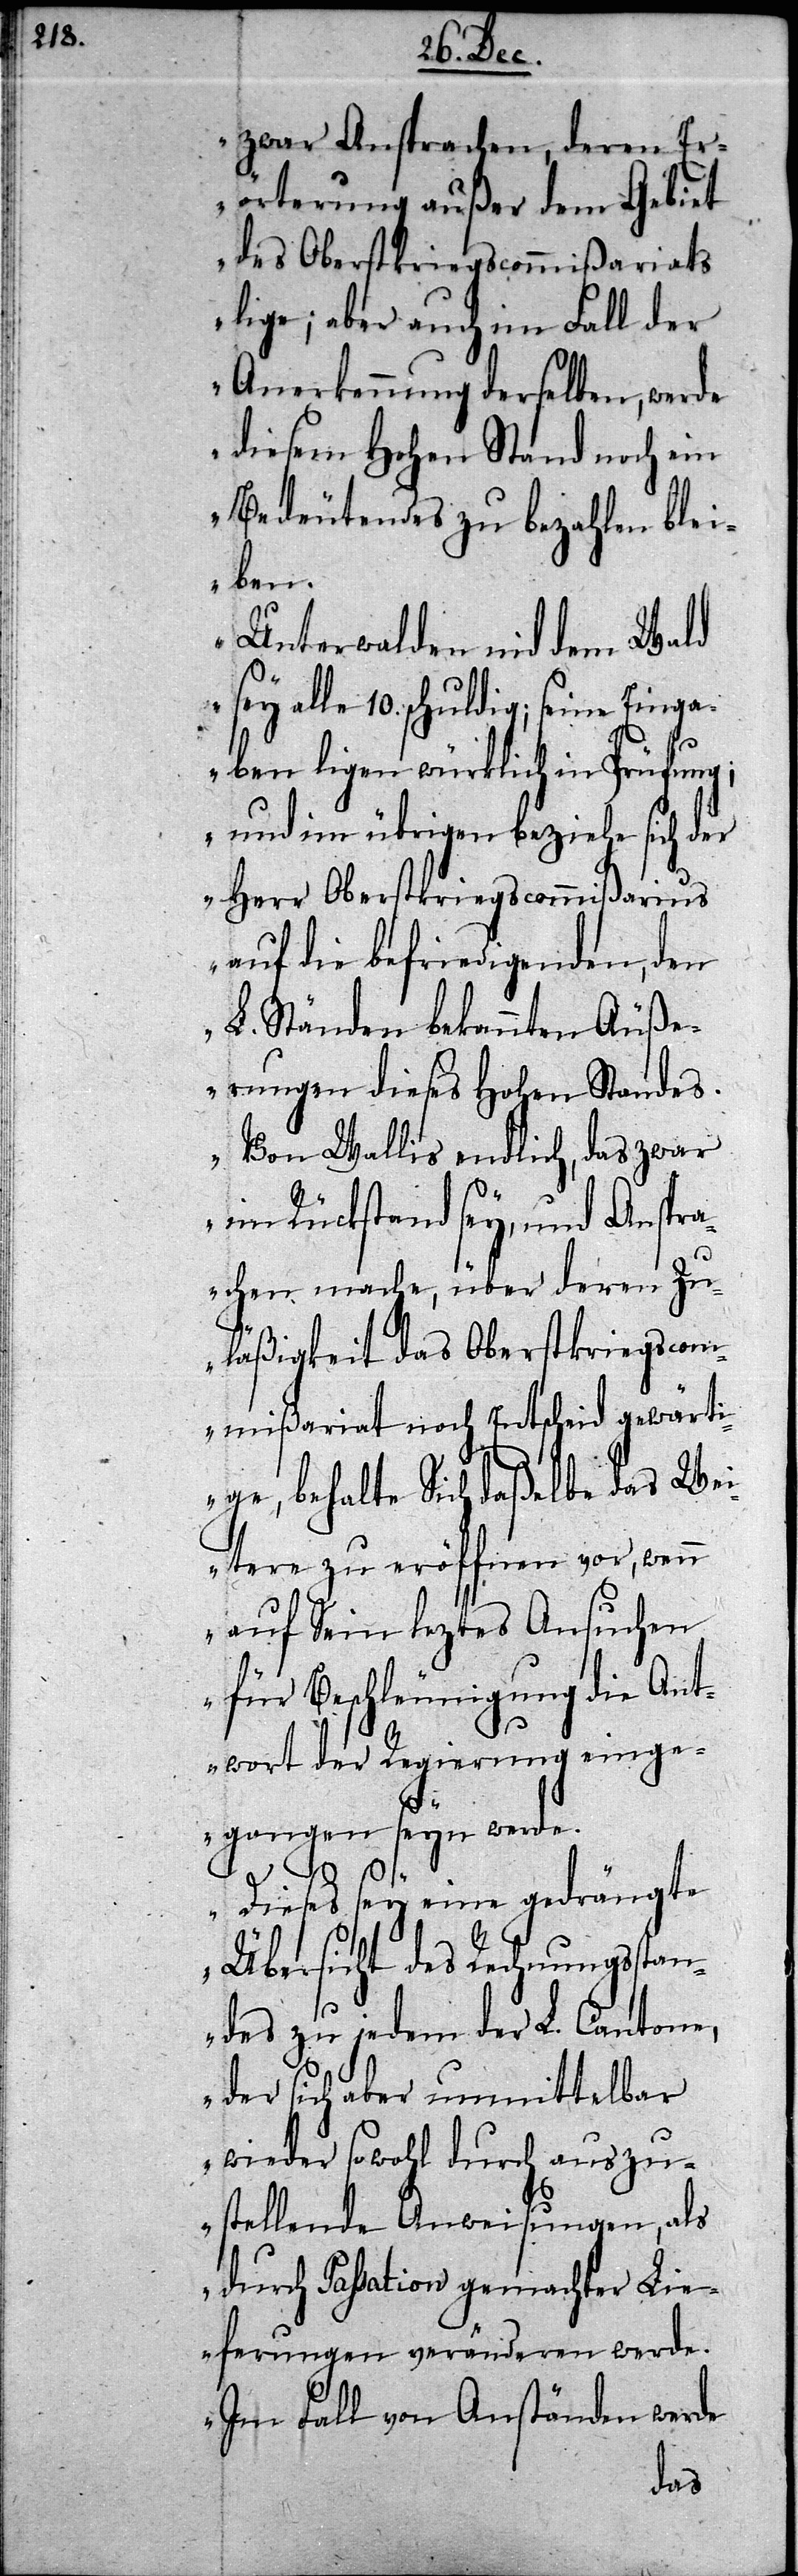
zwar Ansprachen, deren Er¬
örterung außer dem Gebiet
des Oberstkriegscommißariats
lige; aber auch im Fall der
Anerkennung derselben, werde
diesem Hohen Stand noch ein
Bedeutendes zu bezahlen blei¬
ben.
Unterwalden nid dem Wald
sey alle 10. schuldig; seine Einga¬
ben ligen würklich in Prüfung;
und im übrigen beziehe sich der
Herr Oberstkriegscommißarius
auf die befriedigenden, den
L. Ständen bekannten Äuße¬
rungen dieses Hohen Standes.
Von Wallis endlich, das zwar
im Rückstand sey, und Anspra¬
chen mache, über deren Zu¬
läßigkeit das Oberstkriegscom¬
mißariat noch Entscheid gewärti¬
ge, behalte Sich daßelbe das Wei¬
tere zu eröffnen vor, wenn
auf Sein leztes Ansuchen
für Beschleunigung die Ant¬
wort der Regierung einge¬
gangen seyn werde.
Dieses sey eine gedrängte
Übersicht des Rechnungsstan¬
des zu jedem der L. Cantone,
der sich aber unmittelbar
wieder sowohl durch auszu¬
stellende Anweisungen, als
durch Passation gemachter Li¬
eferungen veränderen werde.
Im Fall von Anständen werde